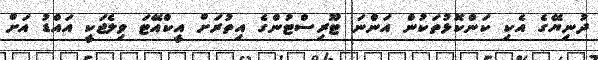
ދުނިޔޭގެ އެކި ކަންކޮޅުތަކުން އަންނަ ޓޫރިސްޓުންގެ އިތުރަށް އީކްއޭޓަ ވިލެޖަކީ އައްޑު އަށް